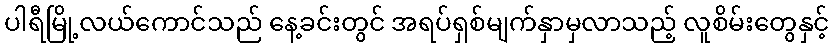
ပါရီမြို့လယ်ကောင်သည် နေ့ခင်းတွင် အရပ်ရှစ်မျက်နှာမှလာသည့် လူစိမ်းတွေနှင့်